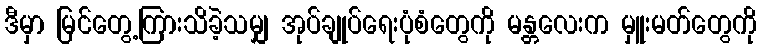
ဒီမှာ မြင်တွေ့ကြားသိခဲ့သမျှ အုပ်ချုပ်ရေးပုံစံတွေကို မန္တလေးက မှူးမတ်တွေကို